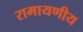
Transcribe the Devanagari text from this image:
रामायणीय